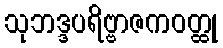
သုဘဒ္ဒပရိဗ္ဗာဇကဝတ္ထု